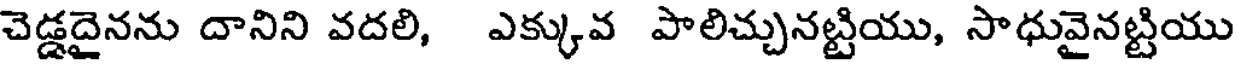
చెడ్డదైనను దానిని వదలి, ఎక్కువ పాలిచ్చునట్టియు, సాధువైనట్టియు